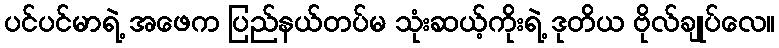
ပင်ပင်မာရဲ့ အဖေက ပြည်နယ်တပ်မ သုံးဆယ့်ကိုးရဲ့ ဒုတိယ ဗိုလ်ချုပ်လေ။